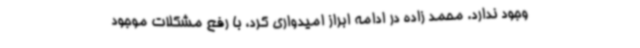
وجود ندارد. محمد زاده در ادامه ابراز امیدواری کرد، با رفع مشکلات موجود